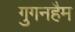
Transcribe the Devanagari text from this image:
गुगनहैम